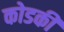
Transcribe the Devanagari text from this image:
कोडकी